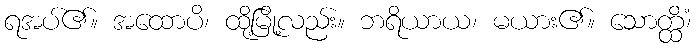
ရအပ်၏။ အထောပိ၊ ထို့မြို့လည်း။ ဘရိယာယ၊ မယား၏။ သောတ္ထိံ၊